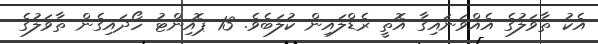
އެކު ތާވަލުގެ އެއްވަނައިގާ އޮތީ ރެޑްލައިން ކުލަބެވެ. 13 ޕޮއިންޓު ހޯދައިގެން ތާވަލުގެ